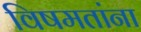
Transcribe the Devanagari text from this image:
विषमतांना